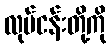
လုပ်ငန်းတို့ကို